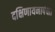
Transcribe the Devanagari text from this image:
दक्षिणायनापेक्षा